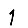
Digit: 1